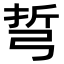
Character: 𢏨